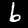
Digit: 6